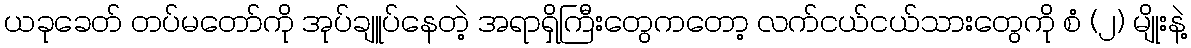
ယခုခေတ် တပ်မတော်ကို အုပ်ချူပ်နေတဲ့ အရာရှိကြီးတွေကတော့ လက်ငယ်ငယ်သားတွေကို စံ (၂) မျိုးနဲ့